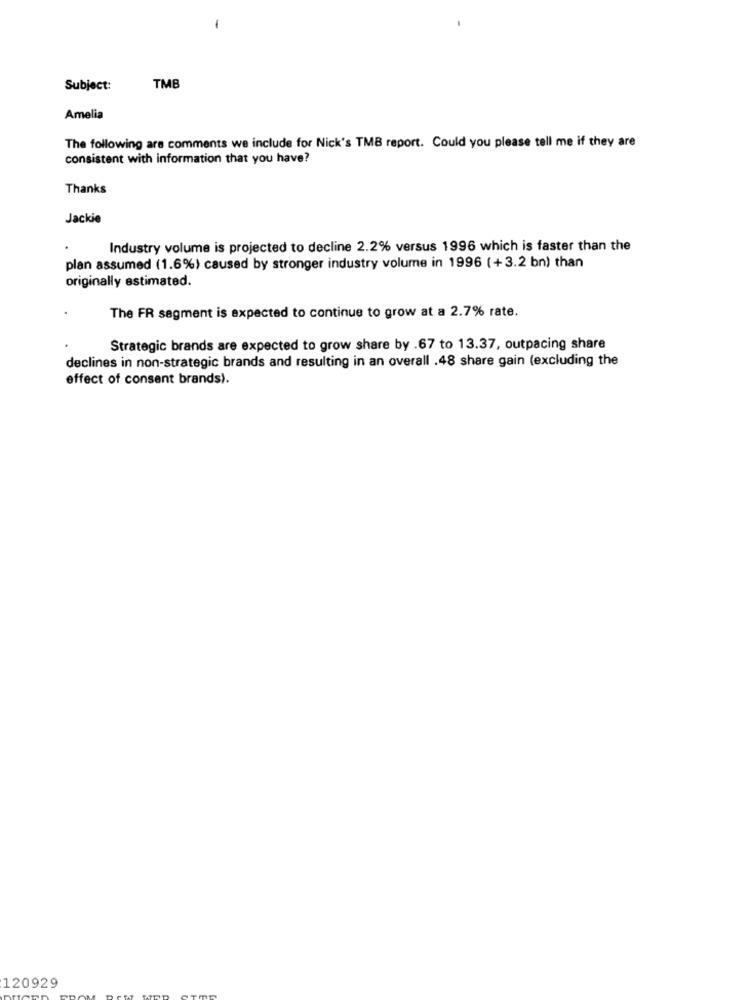
-
Subject:
TMB
Amelia
The following are comments we include for Nick's TMB report. Could you please tell me if they are
consistent with information that you have?
Thanks
Jackie
Industry volume is projected to decline 2.2% versus 1996 which is faster than the
plan assumed (1.6%) caused by stronger industry volume in 1996 (+3.2 bn) than
originally estimated.
The FR segment is expected to continue to grow at a 2.7% rate.
Strategic brands are expected to grow share by .67 to 13.37, outpacing share
declines in non-strategic brands and resulting in an overall .48 share gain (excluding the
effect of consent brands).
120929